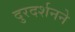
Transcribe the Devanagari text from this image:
दुरदर्शनने